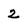
Character: 2